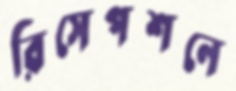
রিসেপশনে